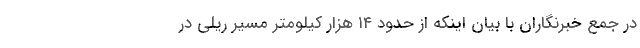
در جمع خبرنگاران با بیان اینکه از حدود ۱۴ هزار کیلومتر مسیر ریلی در